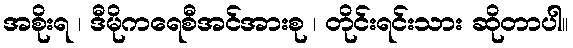
အစိုးရ ၊ ဒီမိုကရေစီအင်အားစု ၊ တိုင်းရင်းသား ဆိုတာပါ။